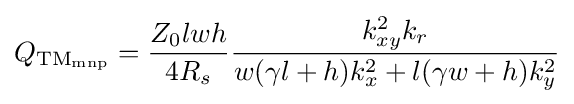
Q_{\rm {TM_{mnp}}}={\frac {Z_{0}lwh}{4R_{s}}}{\frac {k_{xy}^{2}k_{r}}{w(\gamma l+h)k_{x}^{2}+l(\gamma w+h)k_{y}^{2}}}